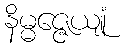
နိမ္မဇ္ဇေယျုံ